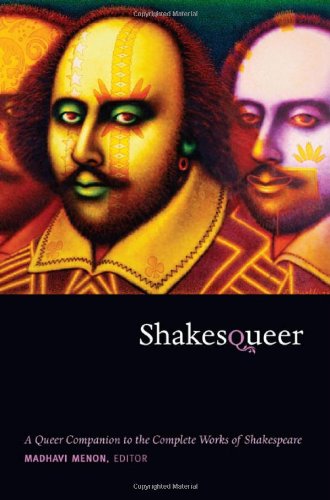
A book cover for Shakesqueer: A Queer Companion to the Complete Works of Shakespeare (Series Q); Literature & Fiction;